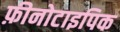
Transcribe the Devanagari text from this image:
फ़ीनोटाइपिक